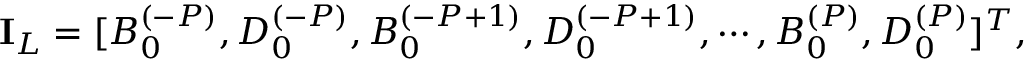
\mathbf { I } _ { L } = [ B _ { 0 } ^ { ( - P ) } , D _ { 0 } ^ { ( - P ) } , B _ { 0 } ^ { ( - P + 1 ) } , D _ { 0 } ^ { ( - P + 1 ) } , \cdots , B _ { 0 } ^ { ( P ) } , D _ { 0 } ^ { ( P ) } ] ^ { T } ,